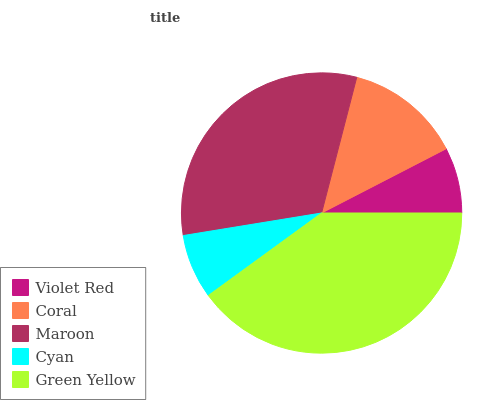
| Violet Red | Coral | Maroon | Cyan | Green Yellow |
 | --- | --- | --- | --- | --- |
 | 7.57% | 13.4% | 31.7% | 7.45% | 39.9% |